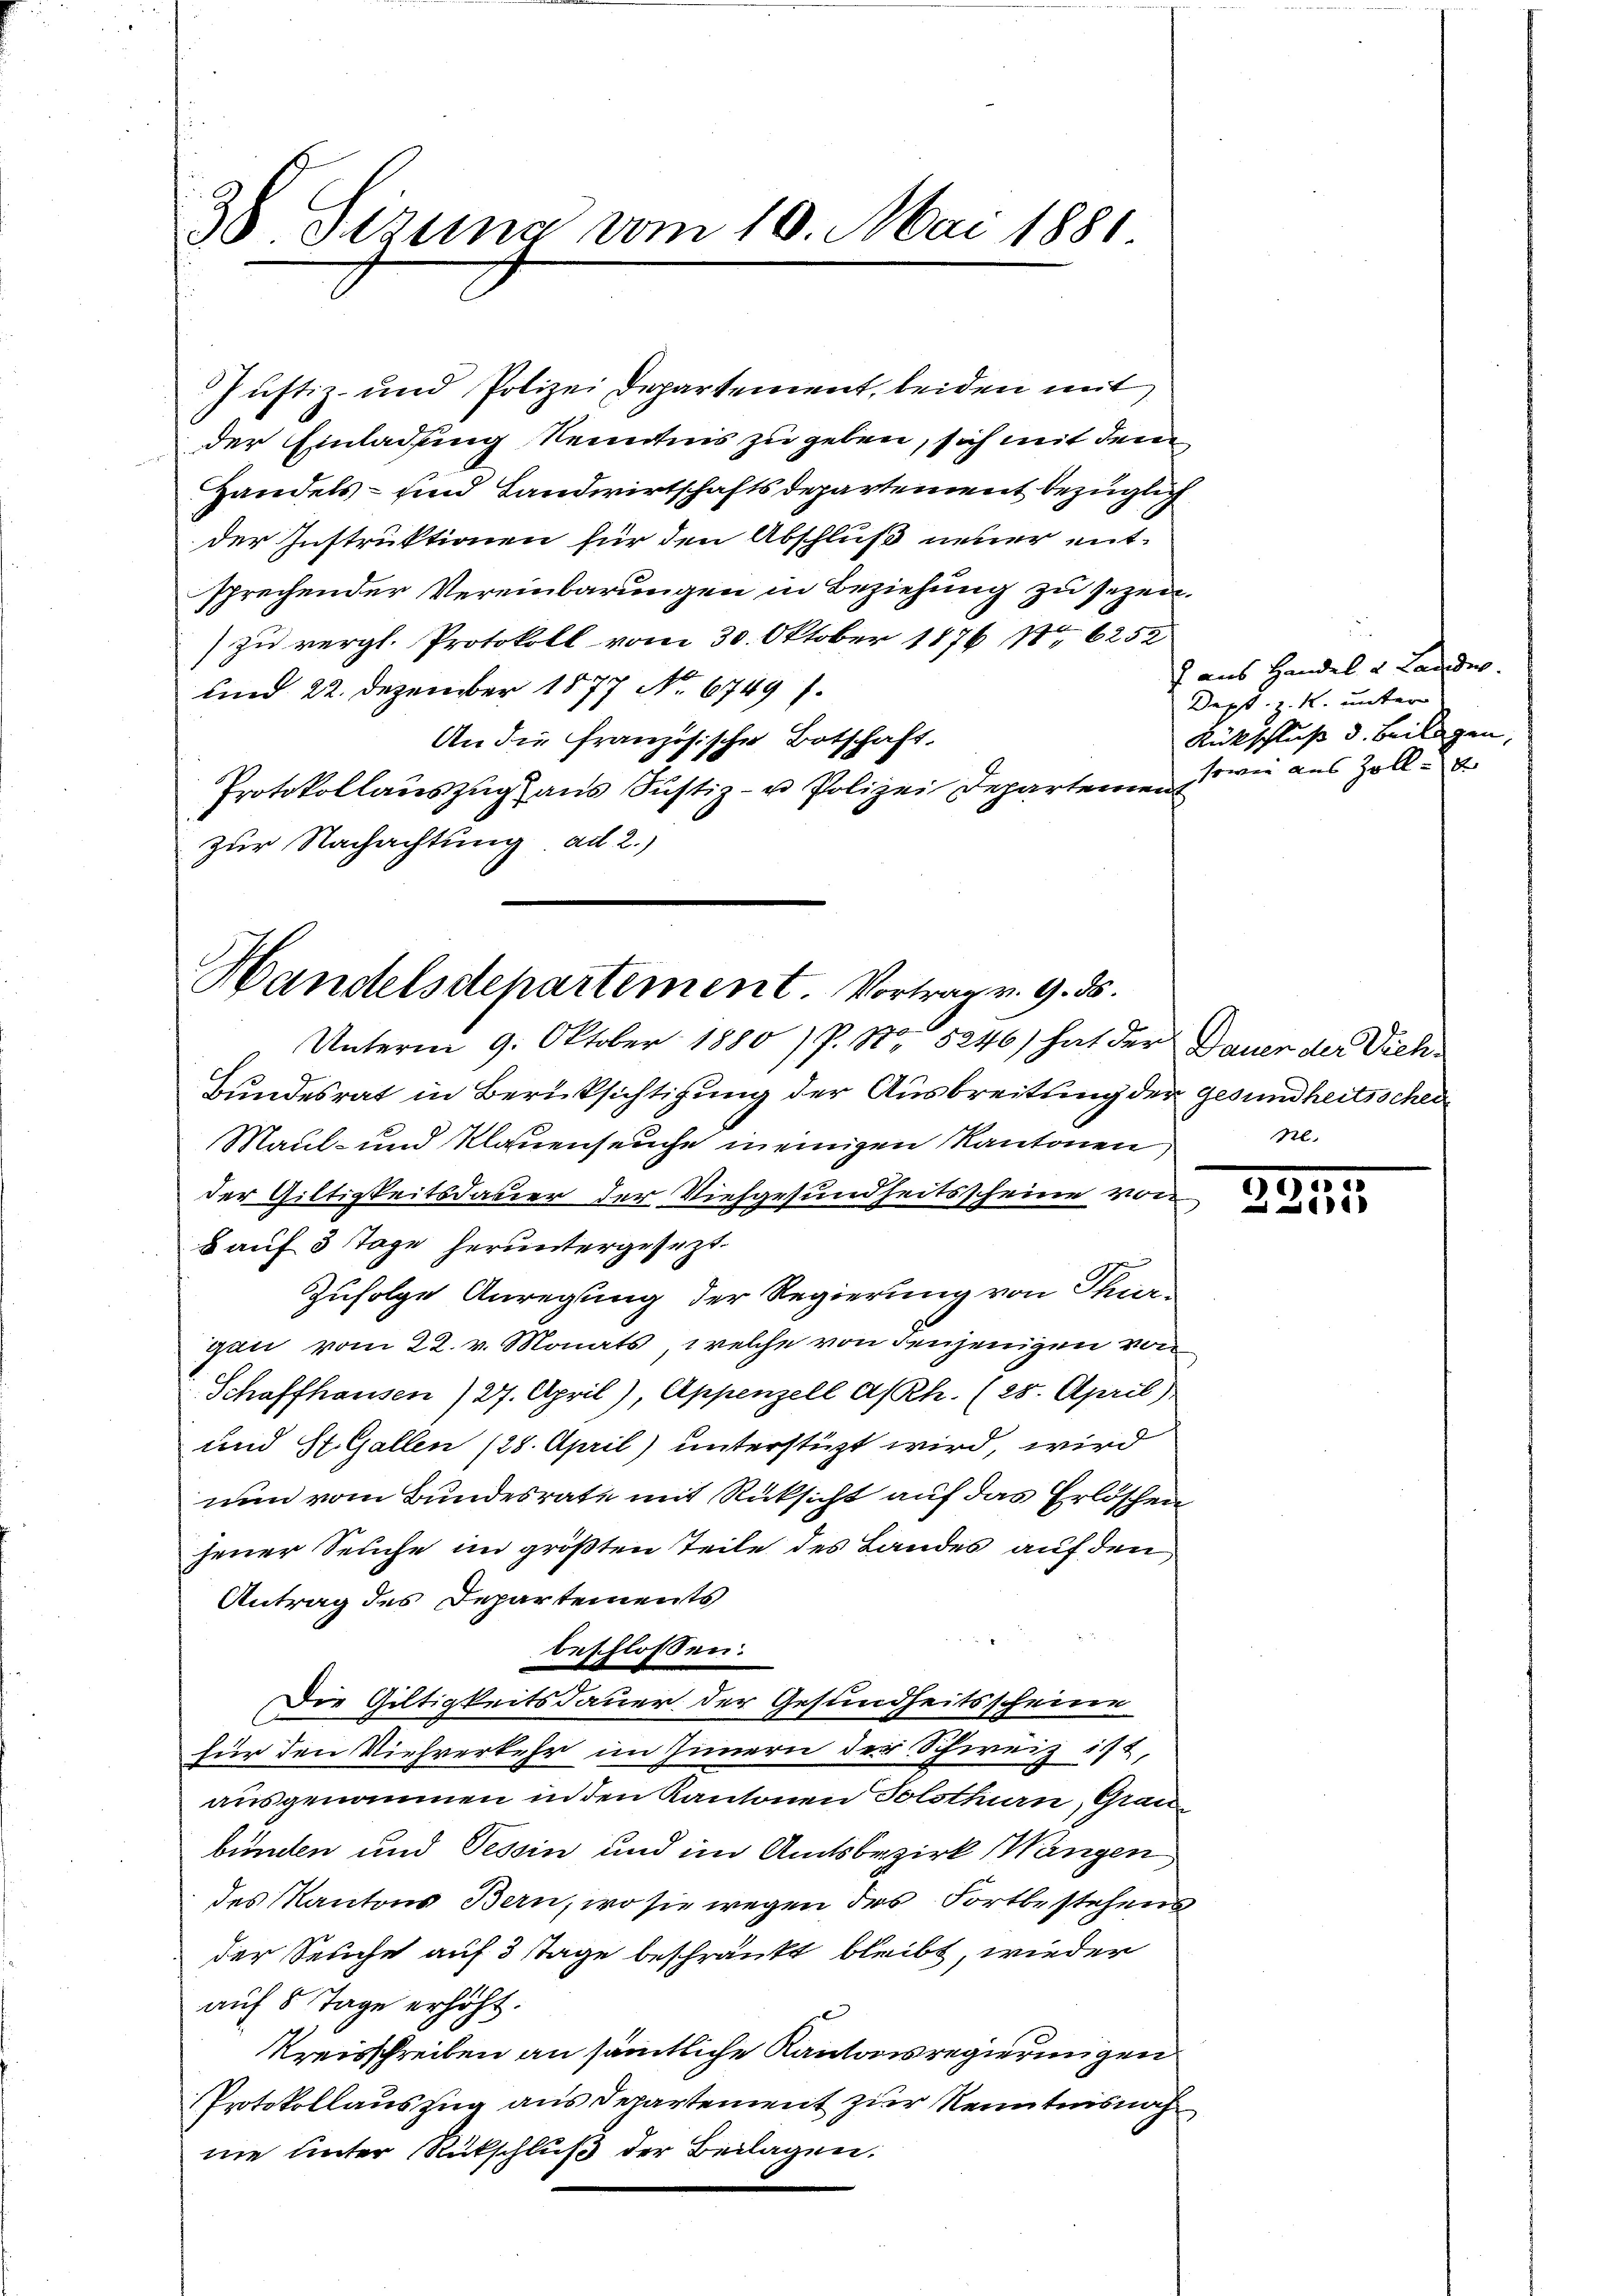
38 Sizung vom 10. Mai 1881.

Justiz- und Polizei Departement, beiden mit
der Einladung Kenntnis zu geben, sich mit dem
Handels- und Landwirtschaftsdepartement bezüglich
der Instruktionen für den Abschluß neuer ent-
sprechender Vereinbarungen in Beziehung zu sezeitzu vergl. Protokoll vom 30. Oktober 1876 No 6252
und 22. Dezember 1877 No. 6749).
An die Französische Botschaft.
Protokollauszug aus Justiz- u Polizei Departement
zur Nachachtung ad 2.)

Handelsdepartement. Vortrag v. 9. ds.

Unterm 9. Oktober 1880 / P. No 5246) hat der Dauer der Vieh¬
Bundesrat in Berücksichtigung der Ausbreitung der gesundheitsschei
Maul- und Klauenseuche meinigen Kantonen
der Giltigkeitsdauer der Viehgesundheitsscheine von
B auf 3 Tage heruntergesezt.
Zufolge Anregung der Regierung von Thurgan vom 22. v. Monats, welche von denjenigen von
Schaffhausen) 27. April), Appenzell a/Rh. (25. April)
und St. Gallen (28. April) unterstüzt wird, wird
nun vom Bundesrate mit Rücksicht auf das Erlöschen
jener Seuche im größten Teile des Landes auf den,
Antrag des Departements
beschlossen:
Die Giltigkeitsdauer der Gesundheitsscheine
für den Viehverkehr im Innern der Schweiz ist,
ausgenommen in den Kantonen Solothurn, Grau
bünden und Tessin und im Amtsbezirk Wangen
des Kantons Bern, wo sie wegen des Fortbestehens
der Seuche auf 3 Tage beschränkt bleibt, wieder
auf 8 Tage erhöht.
Kreisschreiben an sämtliche Kantonsregierungen
Protokollauszug aus Departement zur Kenntnisnah
ne unter Rückschluß der Beilagen.

aus Handel u. Lande
Dept. z. R. unter
Rückschluß d. Beilagen,
sowie aus Zoll

Rl.

55.
25353